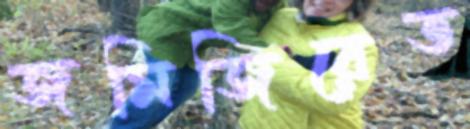
জমিজিরেত